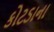
કોટડાના